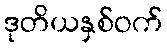
ဒုတိယနှစ်ဝက်